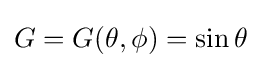
G=G(\theta ,\phi )=\sin \theta